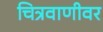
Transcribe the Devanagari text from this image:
चित्रवाणीवर